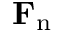
\mathbf { F } _ { \mathrm { n } }